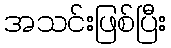
အသင်းဖြစ်ပြီး